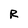
Character: R